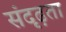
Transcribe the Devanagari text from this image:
संदृढ़ता